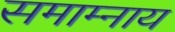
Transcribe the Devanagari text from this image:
समाम्नाय